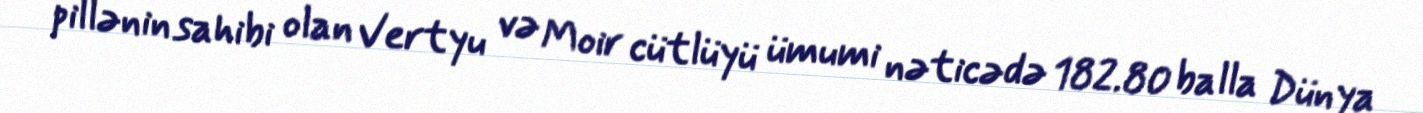
pillənin sahibi olan Vertyu və Moir cütlüyü ümumi nəticədə 182.80 balla Dünya